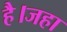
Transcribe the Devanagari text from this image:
है।जहा